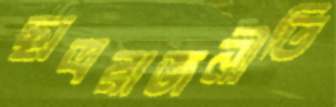
ছাত্ররাজনীতি